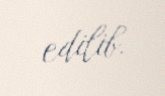
edilib.